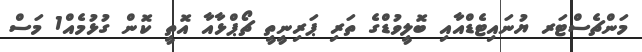
މަންޗެސްޓަރ ޔުނައިޓެޑްއާއި ބޮލީވުޑްގެ ތަރި ޕަރިނީތީ ޗޯޕްޅާއާ އޮތީ ކޮން ގުޅުމެއް1 މަސް